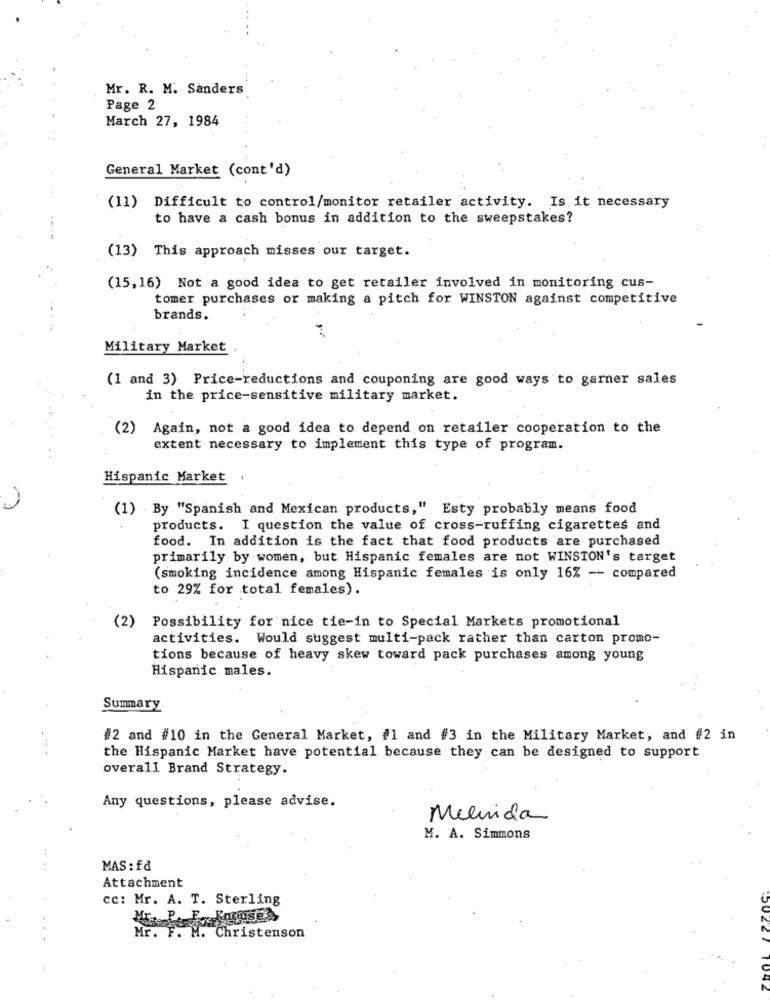
Mr. R. M. Sanders
Page 2
March 27, 1984
General Market (cont'd)
(11) Difficult to control/monitor retailer activity. Is it necessary
to have a cash bonus in addition to the sweepstakes?
(13) This approach misses our target.
(15,16) Not a good idea to get retailer involved in monitoring cus-
tomer purchases or making a pitch for WINSTON against competitive
brands.
Military Market .
(1 and 3) Price-reductions and couponing are good ways to garner sales
in the price-sensitive military market.
(2) Again, not a good idea to depend on retailer cooperation to the
extent necessary to implement this type of program.
Hispanic Market
(1) By "Spanish and Mexican products," Esty probably means food
products. I question the value of cross-ruffing cigarettes and
food. In addition is the fact that food products are purchased
primarily by women, but Hispanic females are not WINSTON's target
(smoking incidence among Hispanic females is only 16% -- compared
to 29% for total females).
(2)
Possibility for nice tie-in to Special Markets promotional
activities. Would suggest multi-pack rather than carton promo-
tions because of heavy skew toward pack purchases among young
Hispanic males.
Summary
#2 and #10 in the General Market, #1 and #3 in the Military Market, and #2 in
the Hispanic Market have potential because they can be designed to support
overall Brand Strategy.
Any questions, please advise.
Melinda
M. A. Simmons
MAS: fd
Attachment
cc: Mr. A. T. Sterling
Mr. P. F. Koguses
Mr. F. M. Christenson